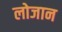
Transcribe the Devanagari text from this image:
लोजान